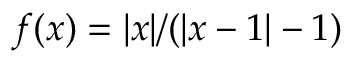
f ( x ) = | x | / ( | x - 1 | - 1 )